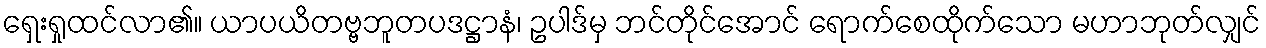
ရှေးရှုထင်လာ၏။ ယာပယိတဗ္ဗဘူတပဒဋ္ဌာနံ၊ ဥပါဒ်မှ ဘင်တိုင်အောင် ရောက်စေထိုက်သော မဟာဘုတ်လျှင်